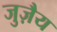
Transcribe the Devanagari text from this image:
जुज़ैय